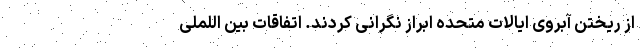
از ریختن آبروی ایالات متحده ابراز نگرانی کردند. اتفاقات بین اللملی